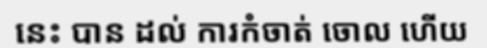
នេះ បាន ដល់ ការកំចាត់ ចោល ហើយ